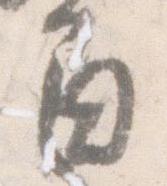
間